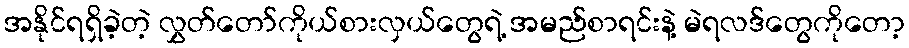
အနိုင်ရရှိခဲ့တဲ့ လွှတ်တော်ကိုယ်စားလှယ်တွေရဲ့ အမည်စာရင်းနဲ့ မဲရလဒ်တွေကိုတော့